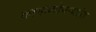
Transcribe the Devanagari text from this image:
कानाकोपऱ्यांत